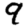
Digit: 9